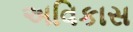
અવિકાસ